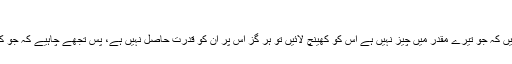
مجلس 1)
* اے وہ شخص جس کو اس کی حرص نے رسوا کر دیا ہے اگر تو اور تمام اہل زمین اس لیے جمع ہو جائیں کہ جو تیرے مقدر میں چیز نہیں ہے اس کو کھینچ لائیں تو ہر گز اس پر ان کو قدرت حاصل نہیں ہے، پس تجھے چاہیے کہ جو کچھ تیری قسمت میں لکھا جا چکا ہے اور جو کچھ قسمت میں نہیں لکھاگیادونوں کی حرص کو چھوڑ دے۔